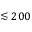
\lesssim 2 0 0